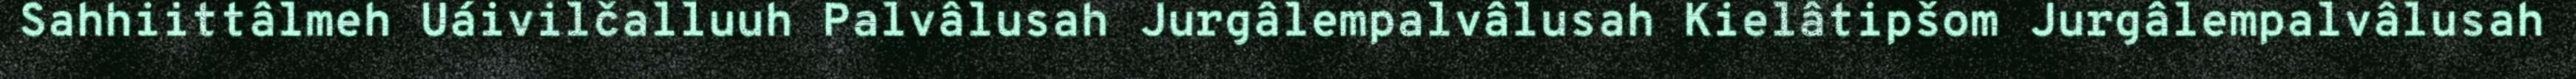
Sahhiittâlmeh Uáivilčalluuh Palvâlusah Jurgâlempalvâlusah Kielâtipšom Jurgâlempalvâlusah